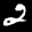
Label: 2